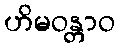
ဟိမဝန္တာဝ